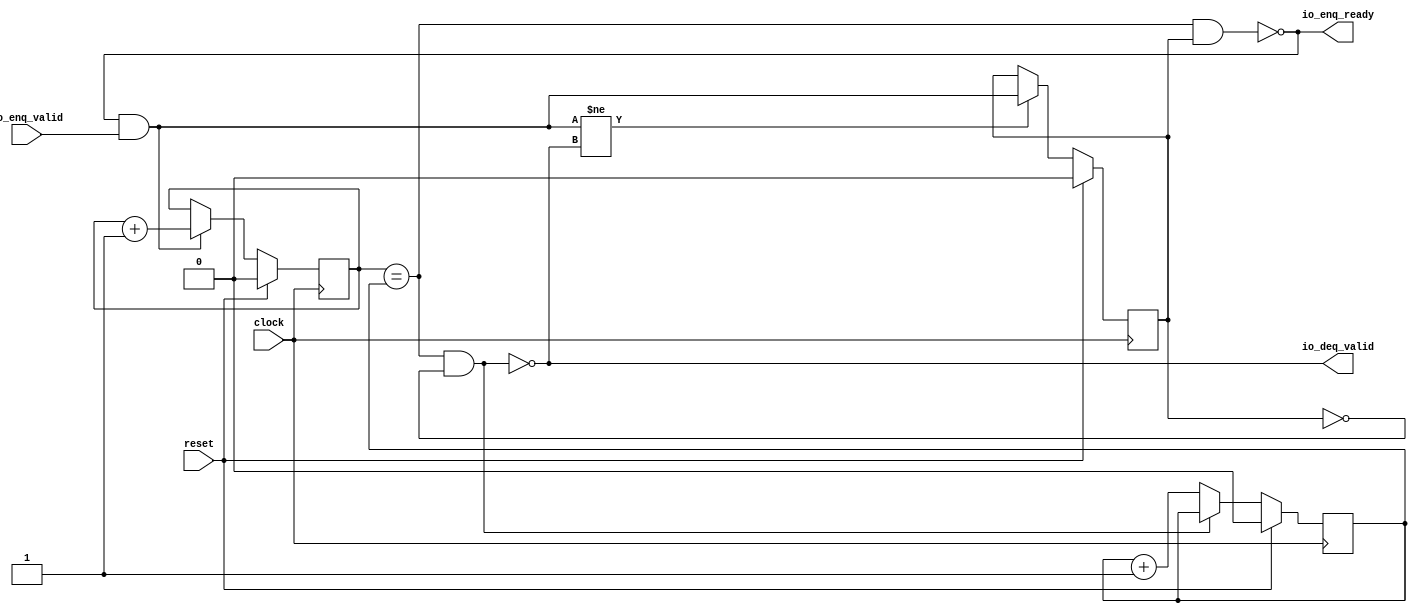
// Copyright (c) 2017, Microsemi Corporation
// All rights reserved.
//
// Redistribution and use in source and binary forms, with or without
// modification, are permitted provided that the following conditions are met:
//     * Redistributions of source code must retain the above copyright
//       notice, this list of conditions and the following disclaimer.
//     * Redistributions in binary form must reproduce the above copyright
//       notice, this list of conditions and the following disclaimer in the
//       documentation and/or other materials provided with the distribution.
//     * Neither the name of the <organization> nor the
//       names of its contributors may be used to endorse or promote products
//       derived from this software without specific prior written permission.
//
// THIS SOFTWARE IS PROVIDED BY THE COPYRIGHT HOLDERS AND CONTRIBUTORS "AS IS" AND
// ANY EXPRESS OR IMPLIED WARRANTIES, INCLUDING, BUT NOT LIMITED TO, THE IMPLIED
// WARRANTIES OF MERCHANTABILITY AND FITNESS FOR A PARTICULAR PURPOSE ARE
// DISCLAIMED. IN NO EVENT SHALL MICROSEMI CORPORATIONM BE LIABLE FOR ANY
// DIRECT, INDIRECT, INCIDENTAL, SPECIAL, EXEMPLARY, OR CONSEQUENTIAL DAMAGES
// (INCLUDING, BUT NOT LIMITED TO, PROCUREMENT OF SUBSTITUTE GOODS OR SERVICES;
// LOSS OF USE, DATA, OR PROFITS; OR BUSINESS INTERRUPTION) HOWEVER CAUSED AND
// ON ANY THEORY OF LIABILITY, WHETHER IN CONTRACT, STRICT LIABILITY, OR TORT
// (INCLUDING NEGLIGENCE OR OTHERWISE) ARISING IN ANY WAY OUT OF THE USE OF THIS
// SOFTWARE, EVEN IF ADVISED OF THE POSSIBILITY OF SUCH DAMAGE.
//
// APACHE LICENSE
// Copyright (c) 2017, Microsemi Corporation 
//
// Licensed under the Apache License, Version 2.0 (the "License");
// you may not use this file except in compliance with the License.
// You may obtain a copy of the License at
//
//    http://www.apache.org/licenses/LICENSE-2.0
//
// Unless required by applicable law or agreed to in writing, software
// distributed under the License is distributed on an "AS IS" BASIS,
// WITHOUT WARRANTIES OR CONDITIONS OF ANY KIND, either express or implied.
// See the License for the specific language governing permissions and
// limitations under the License.
//
// Description:
//
// SVN Revision Information:
// SVN $Revision: $
// SVN $Date: $
//
// Resolved SARs
// SAR      Date     Who   Description
//
// Notes:
//
// ****************************************************************************/
`ifndef RANDOMIZE_REG_INIT 
	 `define RANDOMIZE_REG_INIT 
 `endif
`ifndef RANDOMIZE_MEM_INIT 
	 `define RANDOMIZE_MEM_INIT 
 `endif
`ifndef RANDOMIZE 
	 `define RANDOMIZE 
`endif

`timescale 1ns/10ps
module MiV_AXI_MiV_AXI_0_MIV_RV32IMA_L1_AXI_QUEUE_15( // @[:freechips.rocketchip.system.MivRV32ImaL1AhbConfig.fir@106907.2]
  input   clock, // @[:freechips.rocketchip.system.MivRV32ImaL1AhbConfig.fir@106908.4]
  input   reset, // @[:freechips.rocketchip.system.MivRV32ImaL1AhbConfig.fir@106909.4]
  output  io_enq_ready, // @[:freechips.rocketchip.system.MivRV32ImaL1AhbConfig.fir@106910.4]
  input   io_enq_valid, // @[:freechips.rocketchip.system.MivRV32ImaL1AhbConfig.fir@106910.4]
  output  io_deq_valid // @[:freechips.rocketchip.system.MivRV32ImaL1AhbConfig.fir@106910.4]
);
  reg  value; // @[Counter.scala 26:33:freechips.rocketchip.system.MivRV32ImaL1AhbConfig.fir@106913.4]
  reg [31:0] _RAND_0;
  reg  value_1; // @[Counter.scala 26:33:freechips.rocketchip.system.MivRV32ImaL1AhbConfig.fir@106914.4]
  reg [31:0] _RAND_1;
  reg  maybe_full; // @[Decoupled.scala 214:35:freechips.rocketchip.system.MivRV32ImaL1AhbConfig.fir@106915.4]
  reg [31:0] _RAND_2;
  wire  _T_28; // @[Decoupled.scala 216:41:freechips.rocketchip.system.MivRV32ImaL1AhbConfig.fir@106916.4]
  wire  _T_30; // @[Decoupled.scala 217:36:freechips.rocketchip.system.MivRV32ImaL1AhbConfig.fir@106917.4]
  wire  empty; // @[Decoupled.scala 217:33:freechips.rocketchip.system.MivRV32ImaL1AhbConfig.fir@106918.4]
  wire  _T_31; // @[Decoupled.scala 218:32:freechips.rocketchip.system.MivRV32ImaL1AhbConfig.fir@106919.4]
  wire  do_enq; // @[Decoupled.scala 30:37:freechips.rocketchip.system.MivRV32ImaL1AhbConfig.fir@106920.4]
  wire [1:0] _T_39; // @[Counter.scala 35:22:freechips.rocketchip.system.MivRV32ImaL1AhbConfig.fir@106930.6]
  wire  _T_40; // @[Counter.scala 35:22:freechips.rocketchip.system.MivRV32ImaL1AhbConfig.fir@106931.6]
  wire  _GEN_4; // @[Decoupled.scala 222:17:freechips.rocketchip.system.MivRV32ImaL1AhbConfig.fir@106926.4]
  wire [1:0] _T_43; // @[Counter.scala 35:22:freechips.rocketchip.system.MivRV32ImaL1AhbConfig.fir@106936.6]
  wire  _T_44; // @[Counter.scala 35:22:freechips.rocketchip.system.MivRV32ImaL1AhbConfig.fir@106937.6]
  wire  _GEN_5; // @[Decoupled.scala 226:17:freechips.rocketchip.system.MivRV32ImaL1AhbConfig.fir@106934.4]
  wire  _T_45; // @[Decoupled.scala 229:16:freechips.rocketchip.system.MivRV32ImaL1AhbConfig.fir@106940.4]
  wire  _GEN_6; // @[Decoupled.scala 229:27:freechips.rocketchip.system.MivRV32ImaL1AhbConfig.fir@106941.4]
  wire  _T_47; // @[Decoupled.scala 233:19:freechips.rocketchip.system.MivRV32ImaL1AhbConfig.fir@106944.4]
  wire  _T_49; // @[Decoupled.scala 234:19:freechips.rocketchip.system.MivRV32ImaL1AhbConfig.fir@106946.4]
  assign _T_28 = value == value_1; // @[Decoupled.scala 216:41:freechips.rocketchip.system.MivRV32ImaL1AhbConfig.fir@106916.4]
  assign _T_30 = maybe_full == 1'h0; // @[Decoupled.scala 217:36:freechips.rocketchip.system.MivRV32ImaL1AhbConfig.fir@106917.4]
  assign empty = _T_28 & _T_30; // @[Decoupled.scala 217:33:freechips.rocketchip.system.MivRV32ImaL1AhbConfig.fir@106918.4]
  assign _T_31 = _T_28 & maybe_full; // @[Decoupled.scala 218:32:freechips.rocketchip.system.MivRV32ImaL1AhbConfig.fir@106919.4]
  assign do_enq = io_enq_ready & io_enq_valid; // @[Decoupled.scala 30:37:freechips.rocketchip.system.MivRV32ImaL1AhbConfig.fir@106920.4]
  assign _T_39 = value + 1'h1; // @[Counter.scala 35:22:freechips.rocketchip.system.MivRV32ImaL1AhbConfig.fir@106930.6]
  assign _T_40 = _T_39[0:0]; // @[Counter.scala 35:22:freechips.rocketchip.system.MivRV32ImaL1AhbConfig.fir@106931.6]
  assign _GEN_4 = do_enq ? _T_40 : value; // @[Decoupled.scala 222:17:freechips.rocketchip.system.MivRV32ImaL1AhbConfig.fir@106926.4]
  assign _T_43 = value_1 + 1'h1; // @[Counter.scala 35:22:freechips.rocketchip.system.MivRV32ImaL1AhbConfig.fir@106936.6]
  assign _T_44 = _T_43[0:0]; // @[Counter.scala 35:22:freechips.rocketchip.system.MivRV32ImaL1AhbConfig.fir@106937.6]
  assign _GEN_5 = io_deq_valid ? _T_44 : value_1; // @[Decoupled.scala 226:17:freechips.rocketchip.system.MivRV32ImaL1AhbConfig.fir@106934.4]
  assign _T_45 = do_enq != io_deq_valid; // @[Decoupled.scala 229:16:freechips.rocketchip.system.MivRV32ImaL1AhbConfig.fir@106940.4]
  assign _GEN_6 = _T_45 ? do_enq : maybe_full; // @[Decoupled.scala 229:27:freechips.rocketchip.system.MivRV32ImaL1AhbConfig.fir@106941.4]
  assign _T_47 = empty == 1'h0; // @[Decoupled.scala 233:19:freechips.rocketchip.system.MivRV32ImaL1AhbConfig.fir@106944.4]
  assign _T_49 = _T_31 == 1'h0; // @[Decoupled.scala 234:19:freechips.rocketchip.system.MivRV32ImaL1AhbConfig.fir@106946.4]
  assign io_enq_ready = _T_49;
  assign io_deq_valid = _T_47;
`ifdef RANDOMIZE
  integer initvar;
  initial begin
    `ifndef verilator
      #0.002 begin end
    `endif
  `ifdef RANDOMIZE_REG_INIT
  _RAND_0 = {1{32'b0}};
  value = _RAND_0[0:0];
  `endif // RANDOMIZE_REG_INIT
  `ifdef RANDOMIZE_REG_INIT
  _RAND_1 = {1{32'b0}};
  value_1 = _RAND_1[0:0];
  `endif // RANDOMIZE_REG_INIT
  `ifdef RANDOMIZE_REG_INIT
  _RAND_2 = {1{32'b0}};
  maybe_full = _RAND_2[0:0];
  `endif // RANDOMIZE_REG_INIT
  end
`endif // RANDOMIZE
  always @(posedge clock) begin
    if (reset) begin
      value <= 1'h0;
    end else begin
      if (do_enq) begin
        value <= _T_40;
      end
    end
    if (reset) begin
      value_1 <= 1'h0;
    end else begin
      if (io_deq_valid) begin
        value_1 <= _T_44;
      end
    end
    if (reset) begin
      maybe_full <= 1'h0;
    end else begin
      if (_T_45) begin
        maybe_full <= do_enq;
      end
    end
  end
endmodule